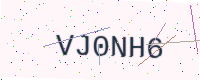
Text: VJ0NH6